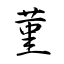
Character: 菫